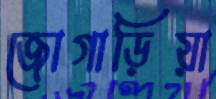
জোগাড়িয়া